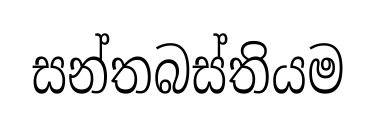
සන්තබස්තියම